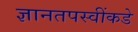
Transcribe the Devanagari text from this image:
ज्ञानतपस्वींकडे